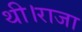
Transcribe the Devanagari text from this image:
थी।राजा